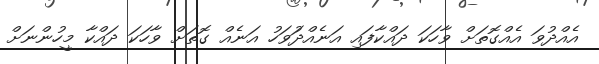
އެއްދުވަ އެއްގޮތަށް ވާހަކަ ދައްކާފައި އަނެއްދަުވަހު އަނެއް ގޮތަށް ވާހަކަ ދައްކާ މީހުންނަށް